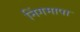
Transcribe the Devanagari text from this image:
निंगमापा